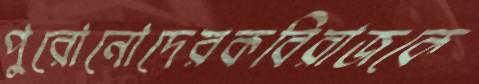
পুরোনোদেরকবিরাজকে